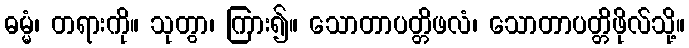
ဓမ္မံ၊ တရားကို။ သုတွာ၊ ကြား၍။ သောတာပတ္တိဖလံ၊ သောတာပတ္တိဖိုလ်သို့။